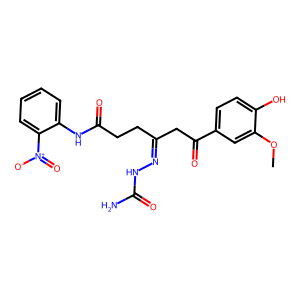
SMILES: COc1cc(C(=O)CC(CCC(=O)Nc2ccccc2[N+](=O)[O-])=NNC(N)=O)ccc1O
Inhibits HIV replication: No